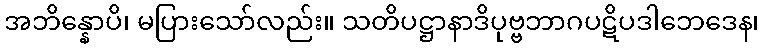
အဘိန္နောပိ၊ မပြားသော်လည်း။ သတိပဋ္ဌာနာဒိပုဗ္ဗဘာဂပဋိပဒါဘေဒေန၊